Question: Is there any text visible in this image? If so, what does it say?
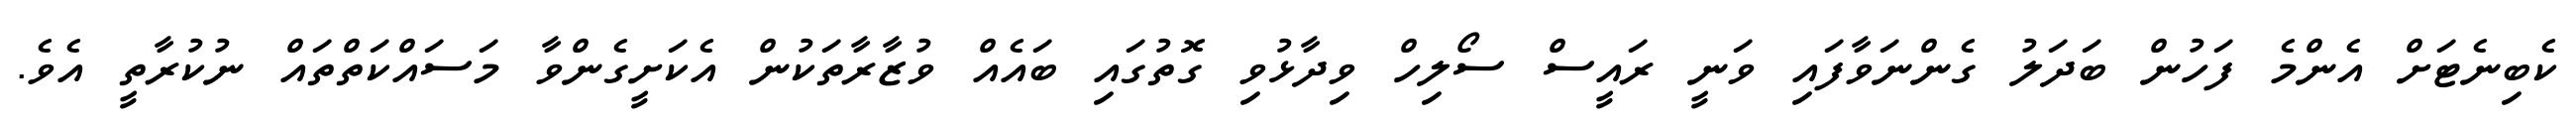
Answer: ކެބިނެޓަށް އެންމެ ފަހުން ބަދަލު ގެންނަވާފައި ވަނީ ރައީސް ސޯލިހް ވިދާޅުވި ގޮތުގައި ބައެއް ވުޒާރާތަކުން އެކަށީގެންވާ މަސައްކަތްތައް ނުކުރާތީ އެވެ.